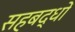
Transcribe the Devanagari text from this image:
सहबद्धों